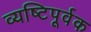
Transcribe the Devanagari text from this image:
व्यष्टिपूर्वक